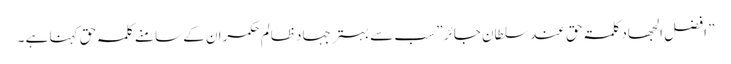
” افضل الجھاد کلمۃ حق عند سلطان جائر ” سب سے بہتر جہاد ظالم حکمران کے سامنے کلمہ حق کہنا ہے ۔